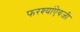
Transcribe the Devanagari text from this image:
फरश्यांऐवजी